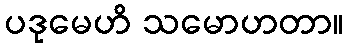
ပဒုမေဟိ သမောဟတာ။